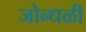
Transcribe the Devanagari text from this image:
जोन्धळी